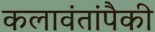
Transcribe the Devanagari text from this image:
कलावंतांपैकी